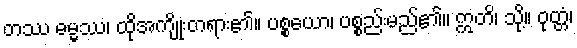
တဿ ဓမ္မဿ၊ ထိုအကျိုးတရား၏။ ပစ္စယော၊ ပစ္စည်းမည်၏။ ဣတိ၊ သို့။ ဝုတ္တံ၊